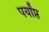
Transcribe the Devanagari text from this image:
पर्यांप्त